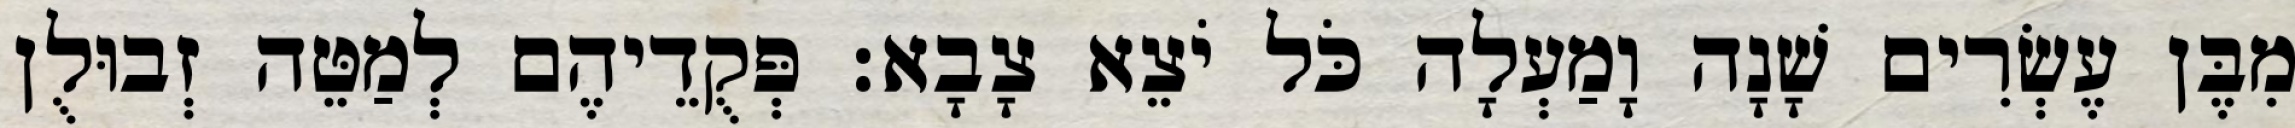
מִבֶּן עֶשְׂרִים שָׁנָה וָמַעְלָה כֹּל יֹצֵא צָבָא׃ פְּקֻדֵיהֶם לְמַטֵּה זְבוּלֻן